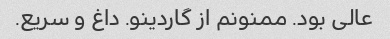
عالی بود. ممنونم از گاردینو. داغ و سریع.